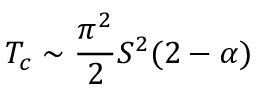
T _ { c } \sim \frac { \pi ^ { 2 } } { 2 } S ^ { 2 } ( 2 - \alpha )